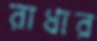
রাধার